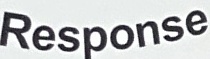
Response